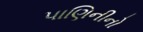
પાણિનીનો